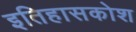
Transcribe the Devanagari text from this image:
इतिहासकोश